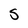
Character: S